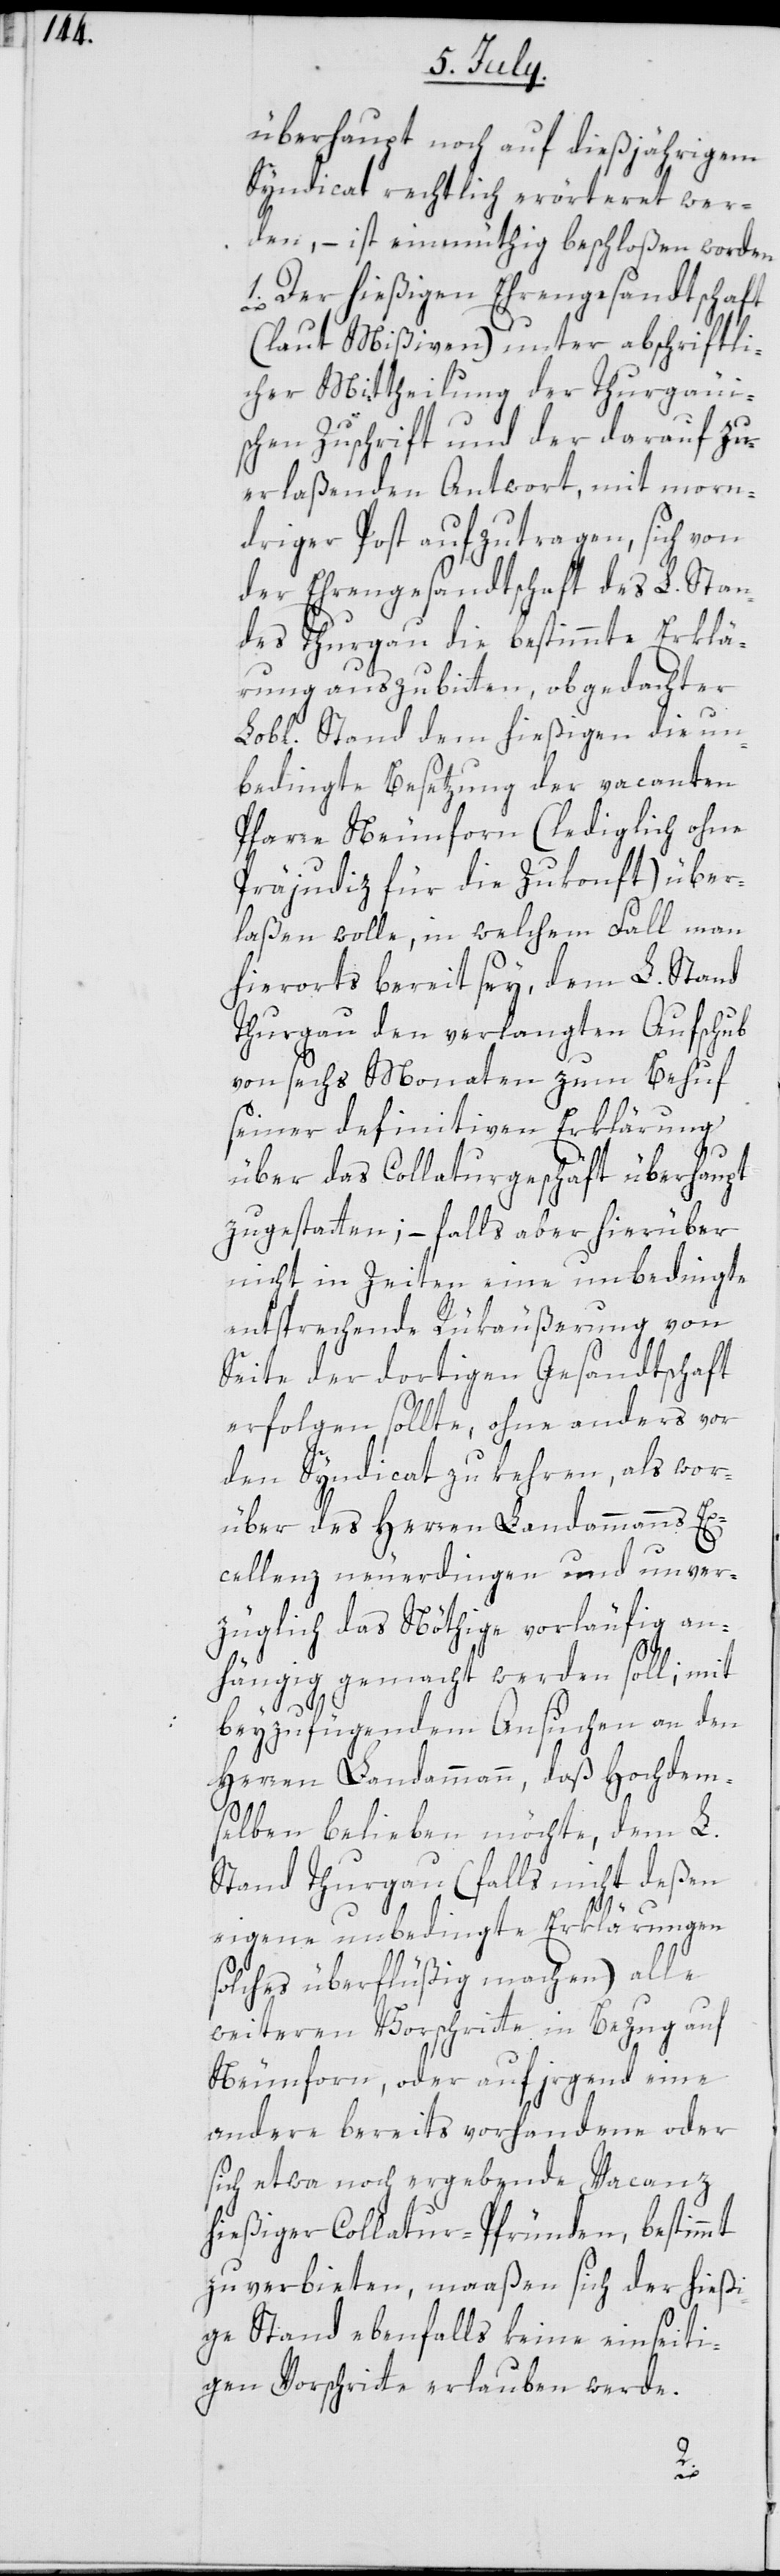
überhaupt noch auf dießjährigem
Syndicat rechtlich erörteret wer¬
den, – ist einmüthig beschloßen worden:
1. Der hießigen Ehrengesandtschaft
(laut Mißiven) unter abschriftli¬
cher Mittheilung der Thurgäui¬
schen Zuschrift und der darauf zu
erlaßenden Antwort, mit morn¬
driger Post aufzutragen, sich von
der Ehrengesandtschaft des L. Stan¬
des Thurgau die bestimmte Erklä¬
rung auszubitten, obgedachter
Lobl. Stand dem hießigen die un¬
bedingte Besetzung der vacanten
Pfarre Neunforn (lediglich ohne
Präjudiz für die Zukunft) über¬
laßen wolle, in welchem Fall man
hierorts bereit sey, dem L. Stand
Thurgau den verlangten Aufschub
von sechs Monaten zum Behuf
seiner definitiven Erklärung
über das Collaturgeschäft überhaupt
zu gestatten; – falls aber hierüber
nicht in Zeiten eine unbedingte
entsprechende Rükäußerung von
Seite der dortigen Gesandtschaft
erfolgen sollte, ohne anders vor
den Syndicat zu kehren, als wor¬
über des Herren Landammanns Ex¬
cellenz neuerdingen und unver¬
züglich das Nöthige vorläufig an¬
hängig gemacht werden soll; mit
beyzufügendem Ansuchen an den
Herren Landammann, daß Hochdem¬
selben belieben möchte, dem L.
Stand Thurgau (falls nicht deßen
eigene unbedingte Erklärungen
solches überflüßig machen) alle
weiteren Vorschritte in Bezug auf
Neunforn, oder auf irgend eine
andere bereits vorhandene oder
sich etwa noch ergebende Vacanz
hießiger Collatur-Pfründen, bestimmt
zu verbieten, maaßen sich der hießi¬
ge Stand ebenfalls keine einseiti¬
gen Vorschritte erlauben werde.